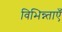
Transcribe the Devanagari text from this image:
विभिन्न्ताएँ